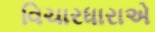
વિચારધારાએ